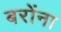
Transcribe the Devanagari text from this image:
बरोंना